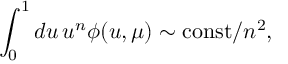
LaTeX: \int _ { 0 } ^ { 1 } d u \, u ^ { n } \phi ( u , \mu ) \sim \mathrm { c o n s t } / n ^ { 2 } ,